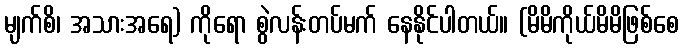
မျက်စိ၊ အသားအရေ) ကိုရော စွဲလန်းတပ်မက် နေနိုင်ပါတယ်။ (မိမိကိုယ်မိမိဖြစ်စေ